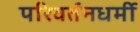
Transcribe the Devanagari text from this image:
परिवर्तनधर्मी